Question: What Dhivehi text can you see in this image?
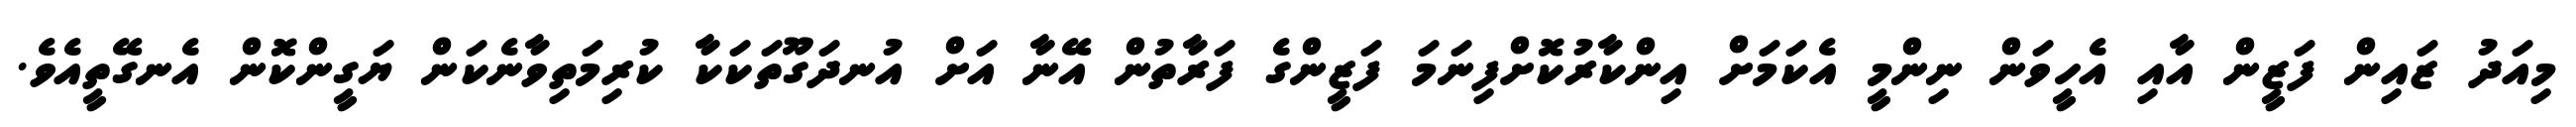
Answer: މިއަދު ޒައިން ފަޒީން އާއި އެހީވަން ނިންމީ އެކަމަށް އިންކާރުކޮށްފިނަމަ ފަޒީންގެ ފަރާތުން އޭނާ އަށް އުނދަގޫތަކަކާ ކުރިމަތިވާނެކަން ޔަގީންކޮން އެނގޭތީއެވެ.